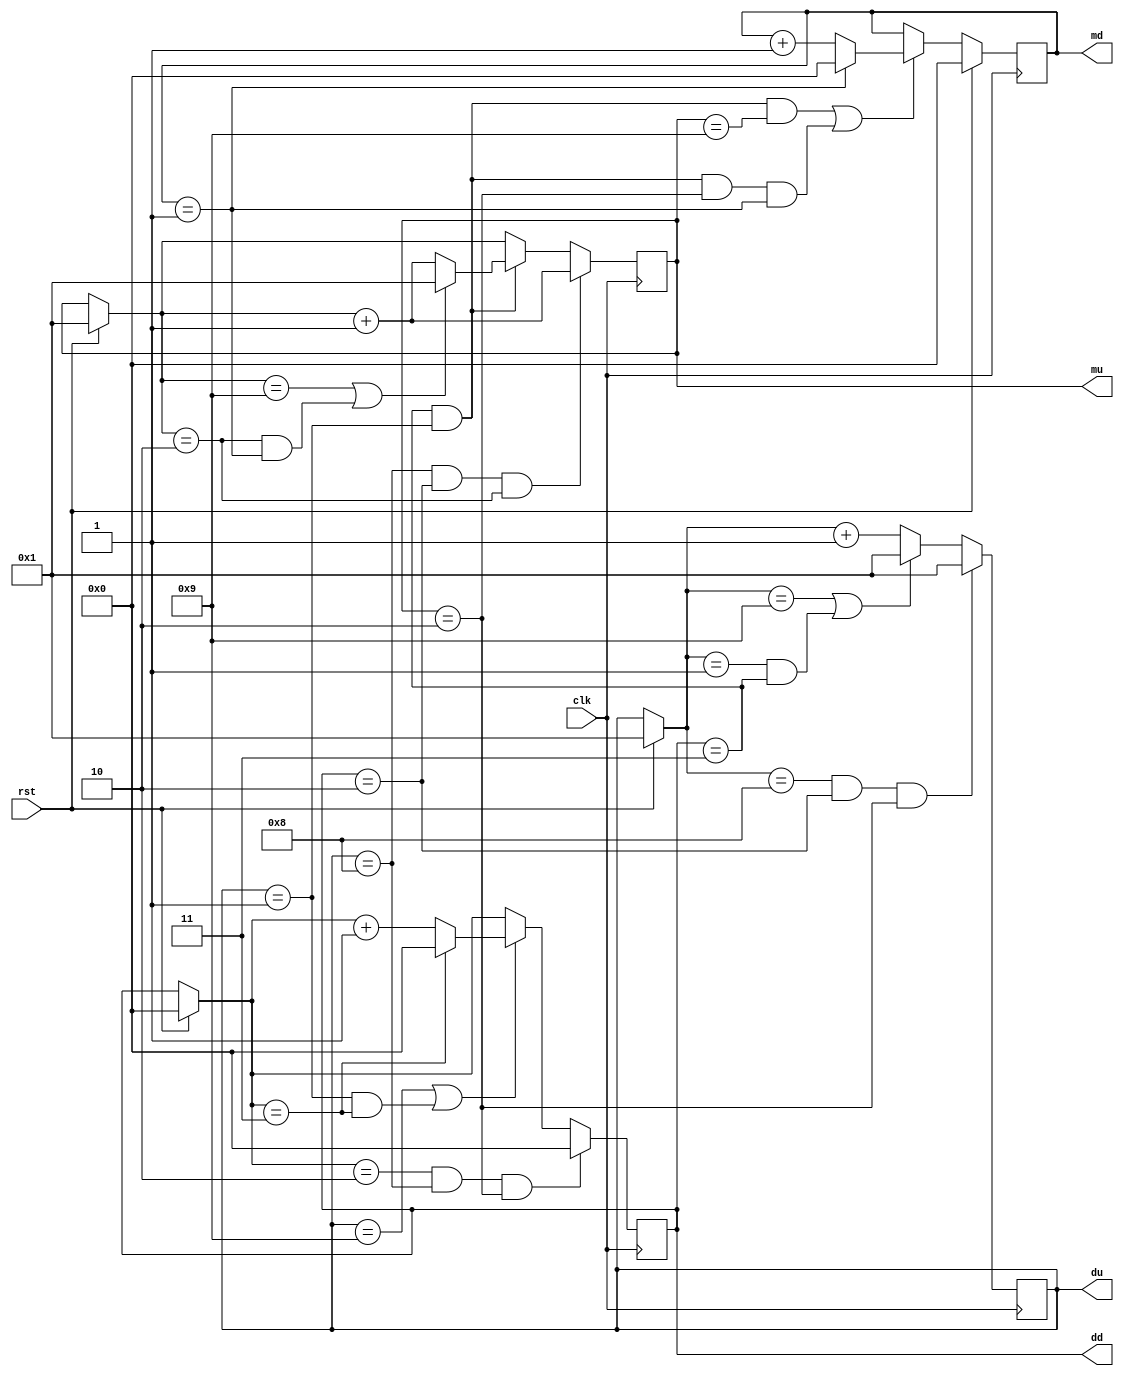
/*
 * Antonio Aguilar
 * Calendario
*/

module calendario(input clk, rst, output reg[3:0] du, dd, mu, md);

	initial
	begin
		du = 9;
		dd = 2;
		mu = 1;
	end

	always @(posedge clk)
	begin
		if (rst)
			du = 1;
		if (du == 8 && dd == 2 && mu == 2)
			du = 1;
		else if ((du == 9) || (du == 1 && dd == 3))
			du = 1;
		else
			du = du + 1;
	end
	
	always @(posedge clk)
	begin
		if (rst)
			dd = 0;
		if (dd == 2 && du == 8 && mu == 2)
			dd = 0;
		else if ((du == 9) || (du == 1 && dd == 3))
			if (dd == 3)
				dd = 0;
			else 
				dd = dd + 1;
	end
	
	always @(posedge clk)
	begin 
		if (rst)
			mu = 1;
		if (du == 8 && dd == 2 && mu == 2)
			mu = mu + 1;
		else if (dd == 3 && du == 1)
			if ((mu == 9) || (mu == 2 && md == 1))
				mu = 1;
			else
				mu = mu + 1;
	end
	
	always @(posedge clk)
	begin 
		if (rst)
			md = 0;
		else if ((du == 1 && dd == 3 && mu == 9) || (du == 1 && dd == 3 && mu == 2 && md == 1))
			if (md == 1)
				md = 0;
			else
				md = md + 1;
	end
endmodule